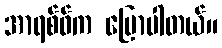
အာရစ်ဖ်က ပြောပါတယ်။